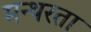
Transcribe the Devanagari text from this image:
मन्थरता